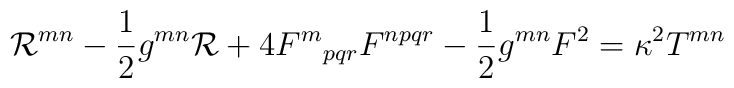
{\cal{R}}^{mn} - \frac{1}{2}g^{mn}{\cal{R}}       + 4{F^m}_{pqr}F^{npqr} - \frac{1}{2}g^{mn}F^2   = \kappa^{2}T^{mn}